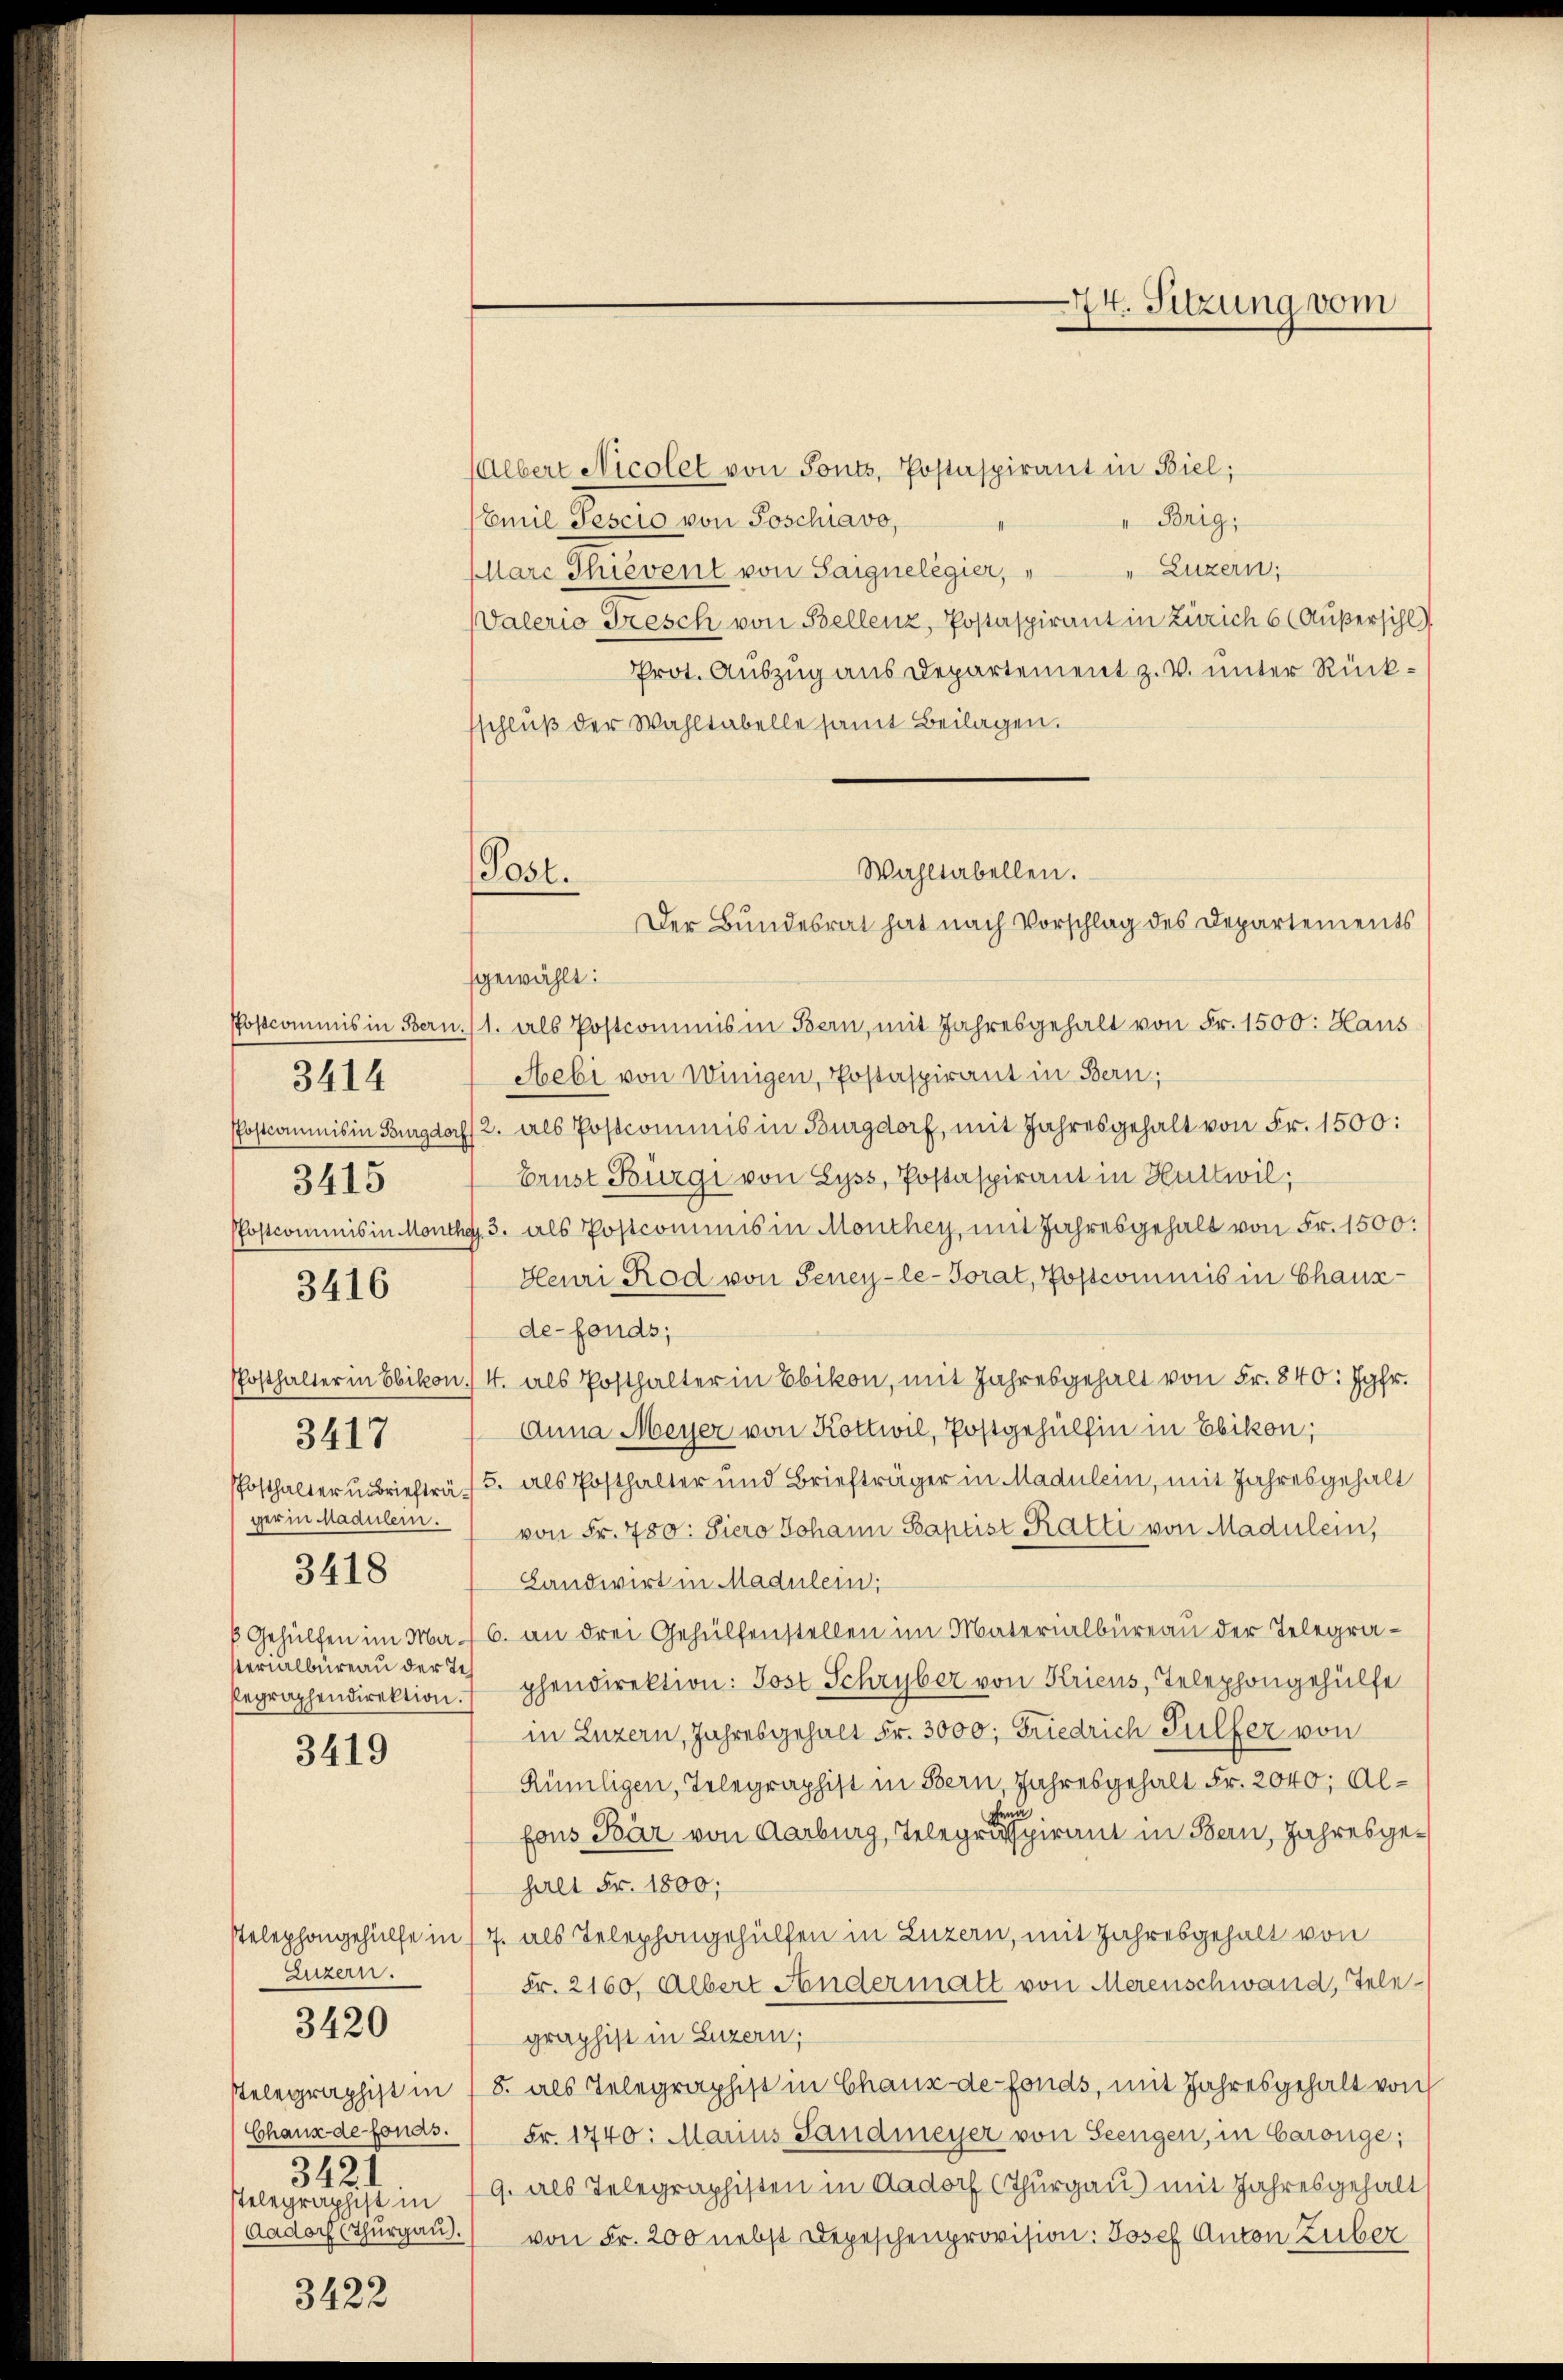
3414
3417
Posthalter u. Briefträ¬
3418
sterialbüreau der Tes

3415

3416

3419

Luzern.
342 f

3420

3422

gewählt:
Postcommis in Bern./1. Als Postcommis in Bern, mit Jahresgehalt von Fr. 1500: Haus
Hebi von Winigen, Postaspirant in Bern:
PPostcommis in Burgdorf 2. als Postcommis in Burgdorf, mit Jahresgehalt von Fr. 1500:
brust Bürgi von Lyss, Postaspirant in Huttwil;
Postcommis in Monthg. 3. als Postcommis in Monthey, mit Jahresgehalt von Fr. 1500:
Heuri Rod von Seney-le-Torat, Postcommis in Chaux-
de-fonds;
Posthalter in Ebikon 4. als Posthalter in Ebikon, mit Jahresgehalt von Fr. 840: Jgfr.
Anna Meyer von Kottwil, Postgehülfen in Ebikon;
5. als Posthalter und Briefträger in Madulein, mit Jahresgehalt
ger in Maduler von Fr. 780: Siero Johann Baptist Ratti von Madulein,
Landwirt in Madulein;
 Gehülfen im Ma. 16. an drei Gehülfenstellen im Materialbüreau der Telegraegraphendirektion, pendirektion: Post Schryber von Kriens, Telephongehülfe
in Luzern, Jahresgehalt Fr. 3000; Friedrich Tulfer von
Rümligen, Telegraphist in Bern, Jahresgehalt Fr. 2040; Alun
fons Bär von Aarburg, Telegraspirant in Bern, Jahresgehret Fr. 1800;
stelephongehülfe in 17. als Telephongehülfen in Luzern, mit Jahresgehalt von
Fr. 2160, Albert Andermatt von Merenschwand, Telegraphist in Luzern;
Telegraphist in 18. als Telegraphist in Chaux de fonds, mit Jahresgehalt von
Chanz de fonds. Fr. 1740: Marius Sandmeyer von Seengen, in Carönge;
telegraphist in 19. als Telegraphisten in Aadorf (Thurgau) mit Jahresgehalts
Aadorf (Thŭrgaŭ.) von Fr. 200 nebst Depeschenprovision: Josef Anton Zuber

74. Sitzung vom

(Albert Nicolet von Sonts, Postaspirant in Biel;
Emil Pescio von Poschiavo,
Brig;
" Luzern,
Marc Thievent von Saignelegier,
Valerio Gresch von Bellenz, Postaspirant in Zürich 6 (Außersihl)
Prot. Auszug aus Departement z. v. unter Rücksschluß der Wahltabelle samt Beilagen.

Wahltabellen.
Post.
Der Bundesrat hat nach Vorschlag des Departements